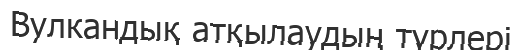
Вулкандық атқылаудың түрлері